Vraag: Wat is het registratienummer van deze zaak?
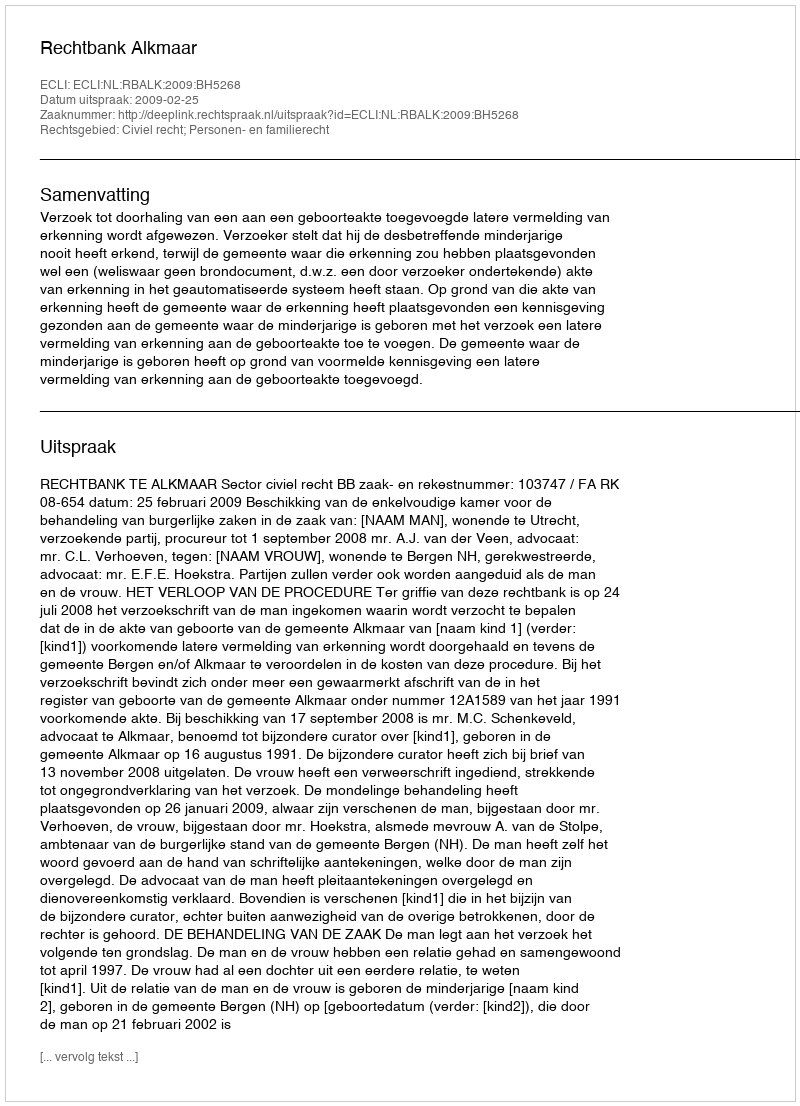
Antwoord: http://deeplink.rechtspraak.nl/uitspraak?id=ECLI:NL:RBALK:2009:BH5268